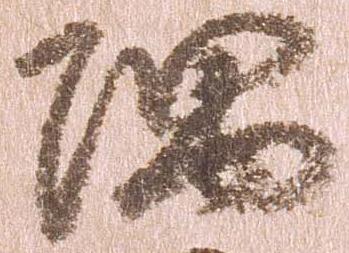
隈